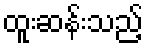
ထူးဆန်းသည့်